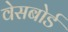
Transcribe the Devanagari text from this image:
वेसबोर्ड